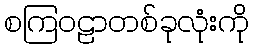
စကြဝဠာတစ်ခုလုံးကို